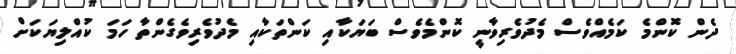
ދެން ކޮންމެ ކަމެއްވެސް މެދުވެރިވާނީ ކޮންމެވެސް ބަޔަކާއި ކަންތަކާއި މެދުވެރިވެގެންތާ ހަމަ ކުއްލިޔަކަށް